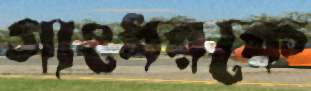
গাংধরকে